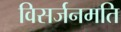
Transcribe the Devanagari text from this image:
विसर्जनमति